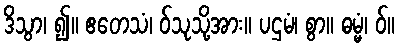
ဒိသွာ၊ ၍။ ဧတေသံ၊ ဝ်သုသို့အား။ ပဌမံ၊ စွာ။ ဓမ္မံ၊ ဝ်။